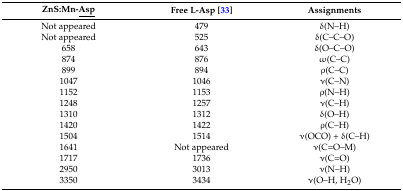
| ZnS:Mn-<underline>Asp</underline> | Free L-Asp [33] | Assignments |
 | --- | --- | --- |
 | Not appeared | 479 | δ(N–H) |
 | Not appeared | 525 | δ(C–C–O) |
 | 658 | 643 | δ(O–C–O) |
 | 874 | 876 | ω(C–C) |
 | 899 | 894 | ρ(C–C) |
 | 1047 | 1046 | ν(C–N) |
 | 1152 | 1153 | ρ(N–H) |
 | 1248 | 1257 | ν(C–H) |
 | 1310 | 1312 | δ(O–H) |
 | 1420 | 1422 | ρ(C–H) |
 | 1504 | 1514 | ν(OCO) + δ(C–H) |
 | 1641 | Not appeared | ν(C=O–M) |
 | 1717 | 1736 | ν(C=O) |
 | 2950 | 3013 | ν(N–H) |
 | 3350 | 3434 | ν(O–H, H2O) |